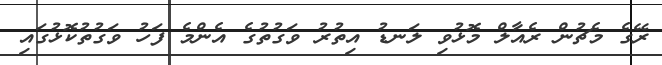
ރޭގެ މެޗުން ރެއާލް މޮޅުވި ލަނޑު އިތުރު ވަގުތުގެ އެންމެ ފަހު ވަގުތުކޮޅުގައި